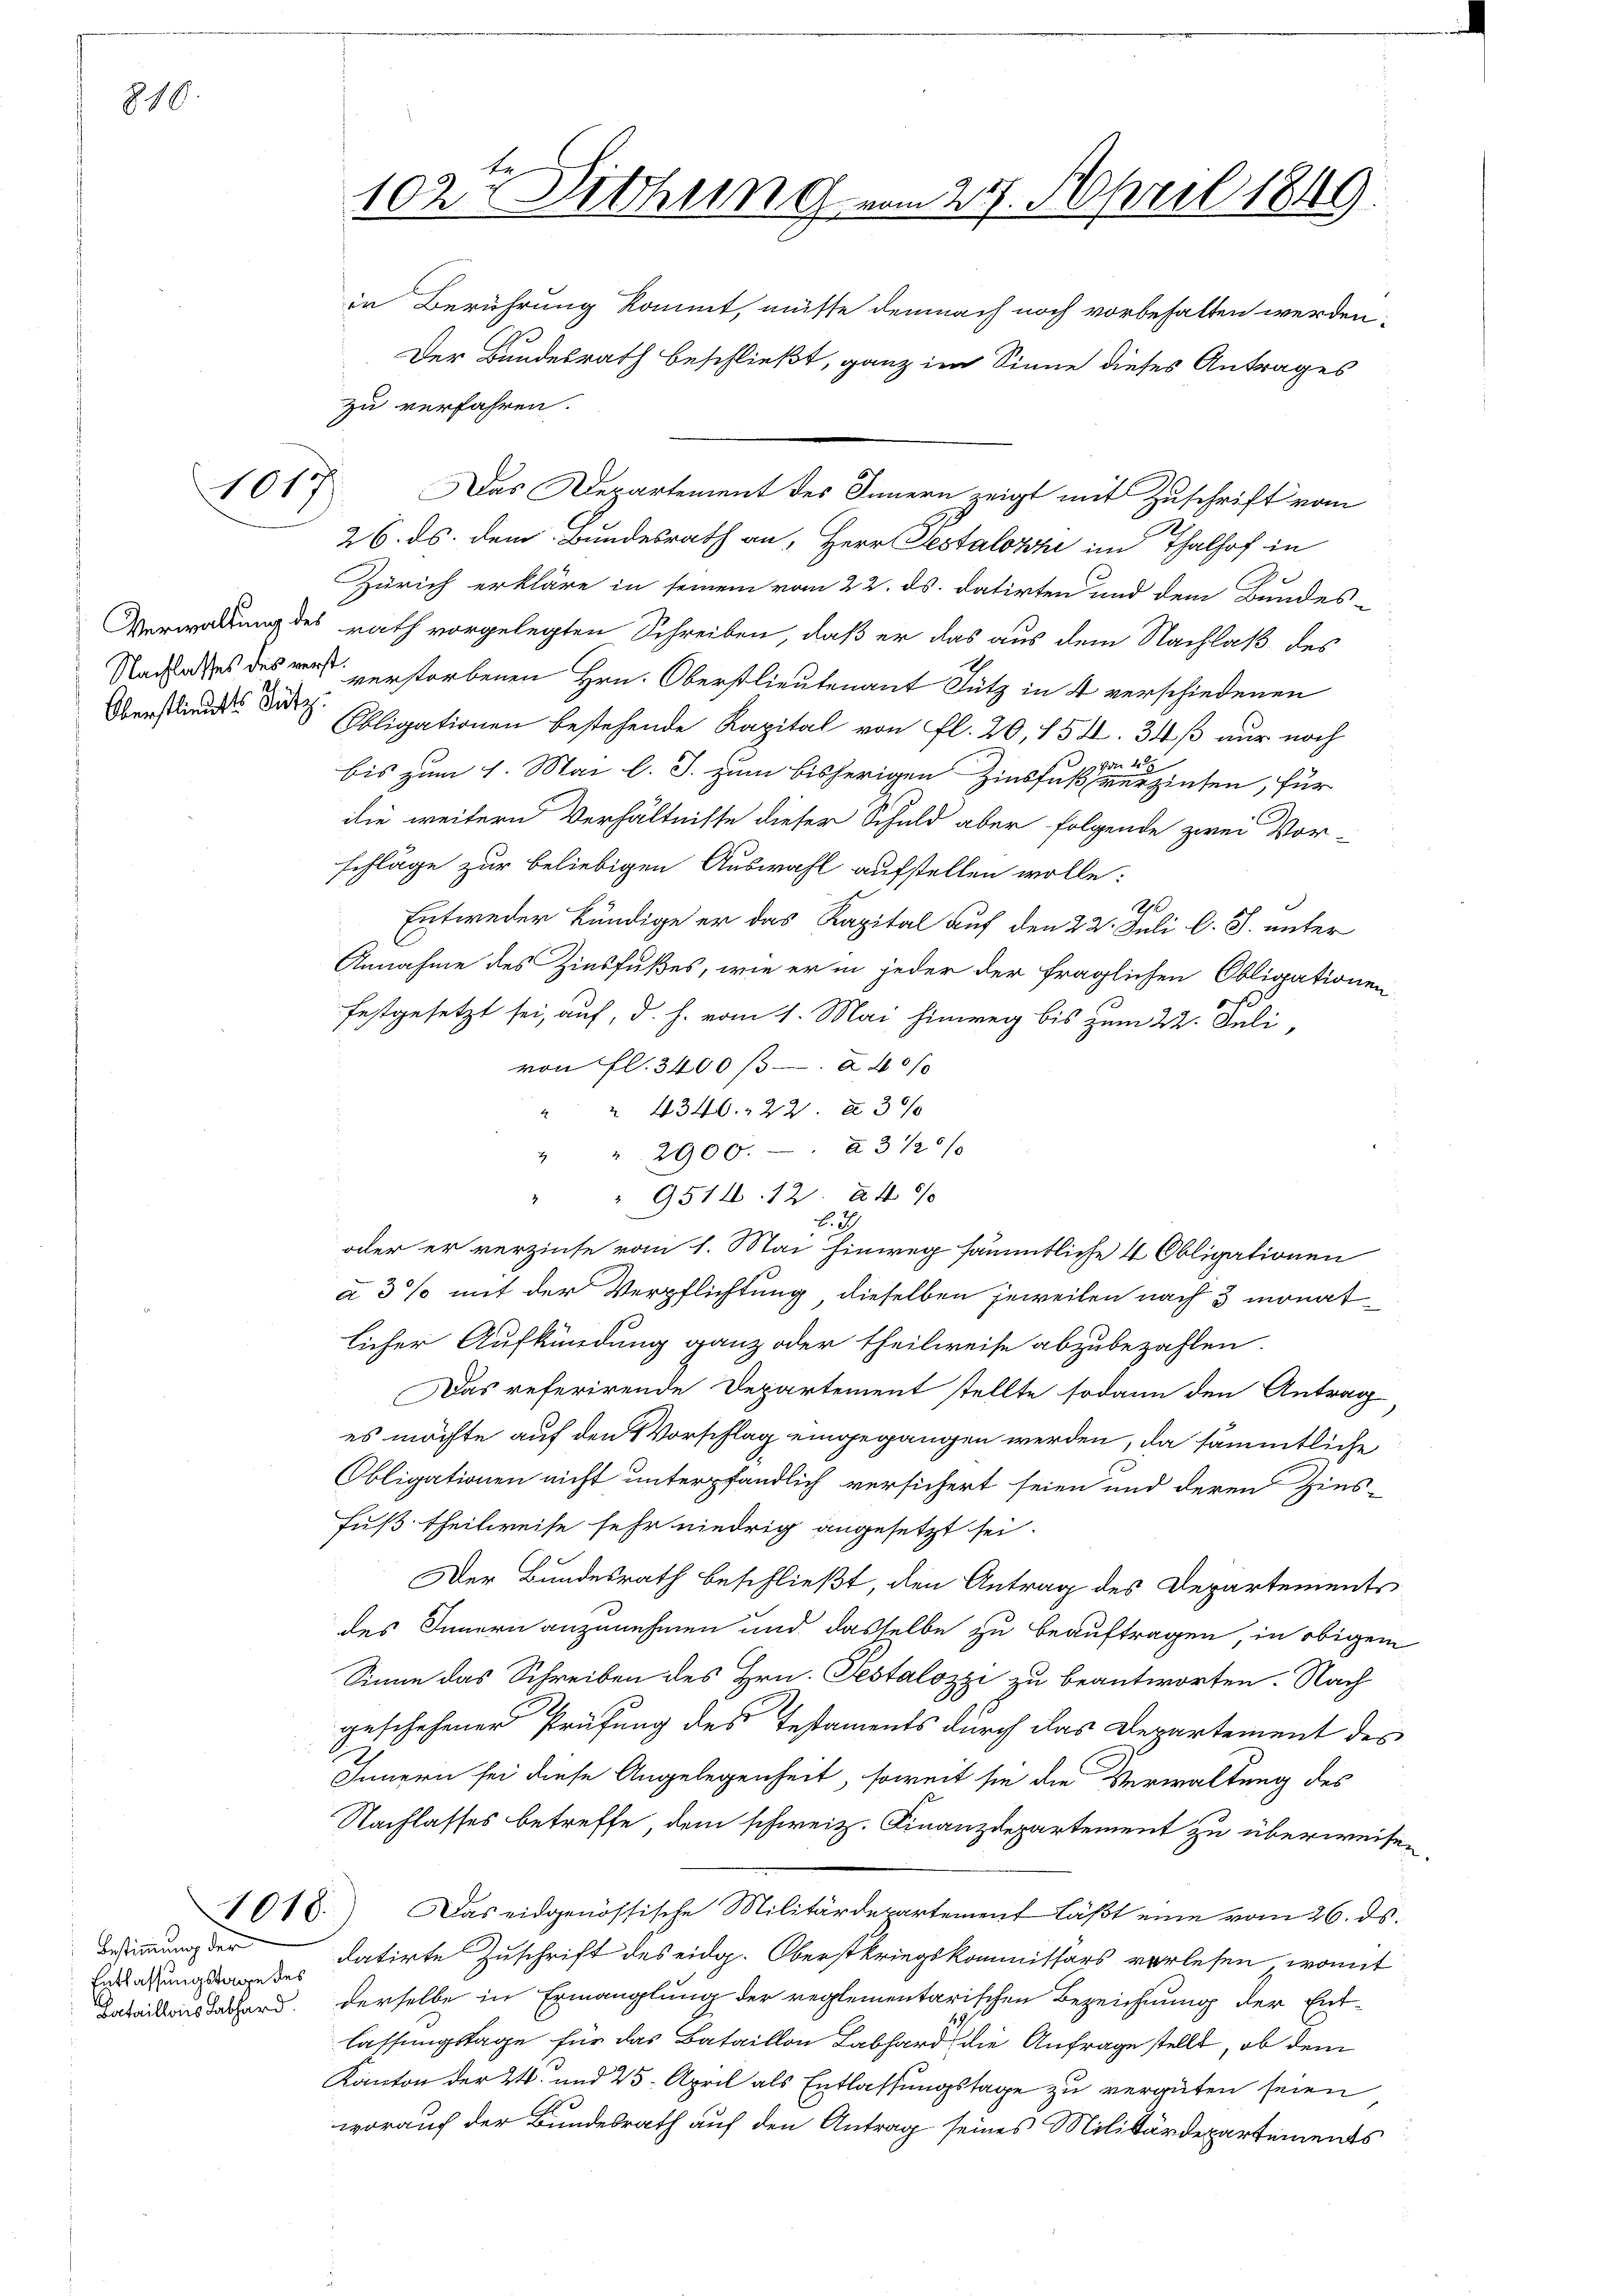
819.

1017.

Oberstlindes Bütz.

26. ds. dem Bundesrath an Herr Pestalozzi im Thalhof in
Zürich erkläre in seinem vom 22. ds. datirten und dem Bundes-
Verwaltung des rath vorgelegten Schreiben, daß er das aus dem Nachlaß des
Nachlasses des verst verstorbenen Hrn. Oberstlieutenant Sutz in 4 verschiedenen
Obligationen bestehende Kapital von fl. 20, 154. 34ß nur noch
bis zum 1. Mai l. J. zum bisherigen Zinsfusse er erzinsen, für
ilie weitern Verhältnisse dieser Schuld aber folgende zwei Vor-
schläge zur beliebigen Auswahl aufstellen wolle:
Entweder kündige er das Kapital auf den 22. Juli l. J. unter
Annahme des Zinsfußes, wie er in jeder der fraglichen Obligationen
festgesetzt sei, auf, d. h. vom 1. Mai hinweg bis zum 22. Juli,
von fl. 3400 /3 à 40%
" " 4346. 22. 230/
" " 2900.-. à 3 120/
" " 9514. 12. 246/
l. 2
oder er verzinse vom 1. Mai hinweg sämmtliche 4 Obligationen
à 3% mit der Verpflichtung, dieselben jeweilen nach 3 monatlicher Aufkündung ganz oder theilweise abzubezahlen.
Das referirende Departement stellte sodann den Antrag,
es möchte auf den Vorschlag eingegangen werden, da sämmtliche
Obligationen nicht unterpfändlich versichert seien und deren Zins-
Fuß theilweise sehr niedrig angesetzt sei.
Der Bundesrath beschließt, den Antrag des Departements
des Innern anzunehmen und dasselbe zu beauftragen, in obigem
Sinne das Schreiben des Hrn. Pestalozzi zu beantworten. Nach
geschehener Prüfung des Testaments durch das Departement des
Innern sei diese Angelegenheit, soweit sie die Verwaltung des
Nachlasses betreffe, dem schweiz. Finanzdepartement zu überweisen
Das eidgenössische Militärdepartement läßt eine vom 26. ds.
datirte Zuschrift des eidg. Oberstkriegskommissärs vorlesen, womit
akantonsdathard. Derselbe in Ermanglung der reglementarischen Bezeichnung der Entlassungstage für das Bataillon Labhard die Anfrage stellt, ob dem
Kanton der 24. und 25. April als Entlassungstage zu vergüten seien
worauf der Bundesrath auf den Antrag seines Militärdepartements

Bestimmung der
Entlassungstage des

1018.

102te Sitzung vom 27. April 1849.
in Berührung kommt, müsse demnach noch vorbehalten werden,

zu verfahren.

Der Bundesrath beschließt, ganz im Sinne dieses Antrages

Das Departement des Innern zeigt mit Zuschrift vom